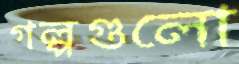
গল্পগুলো